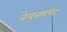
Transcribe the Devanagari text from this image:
तेयनमपेट